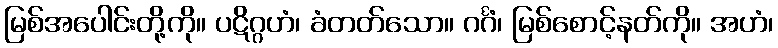
မြစ်အပေါင်းတို့ကို။ ပဋိဂ္ဂဟံ၊ ခံတတ်သော။ ဂင်္ဂံ၊ မြစ်စောင့်နတ်ကို။ အဟံ၊